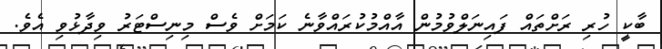
ބާކީ ހުރި ރަށްތައް ފައިނަލްވުމުން އާއްމުކުރައްވާނެ ކަމަށް ވެސް މިނިސްޓަރު ވިދާޅުވި އެވެ.